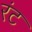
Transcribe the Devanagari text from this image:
रंट